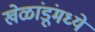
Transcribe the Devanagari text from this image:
खेळांडूंमध्ये